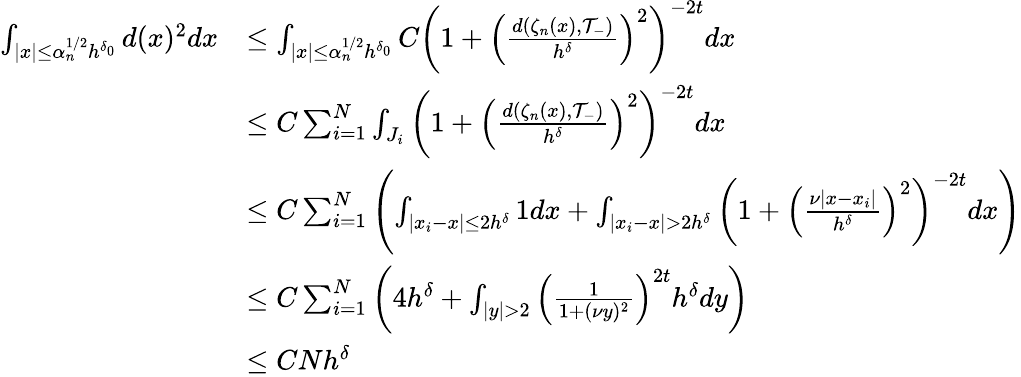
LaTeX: \begin{array}{rl}{\int_{|x|\leq\alpha_{n}^{1/2}h^{\delta_{0}}}d(x)^{2}dx}&{\leq\int_{|x|\leq\alpha_{n}^{1/2}h^{\delta_{0}}}C\left(1+\left(\frac{d(\zeta_{n}(x),\mathcal{T}_{-})}{h^{\delta}}\right)^{2}\right)^{-2t}dx}\\ &{\leq C\sum_{i=1}^{N}\int_{J_{i}}\left(1+\left(\frac{d(\zeta_{n}(x),\mathcal{T}_{-})}{h^{\delta}}\right)^{2}\right)^{-2t}dx}\\ &{\leq C\sum_{i=1}^{N}\left(\int_{|x_{i}-x|\leq 2h^{\delta}}1dx+\int_{|x_{i}-x|>2h^{\delta}}\left(1+\left(\frac{\nu|x-x_{i}|}{h^{\delta}}\right)^{2}\right)^{-2t}dx\right)}\\ &{\leq C\sum_{i=1}^{N}\left(4h^{\delta}+\int_{|y|>2}\left(\frac{1}{1+(\nu y)^{2}}\right)^{2t}h^{\delta}dy\right)}\\ &{\leq CNh^{\delta}}\end{array}